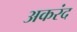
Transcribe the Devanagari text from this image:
अकरंद